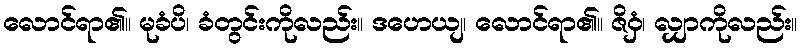
လောင်ရာ၏။ မုခံပိ၊ ခံတွင်းကိုလည်း။ ဒဟေယျ၊ လောင်ရာ၏။ ဇိဝှံ၊ လျှာကိုလည်း။